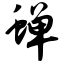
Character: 蝉